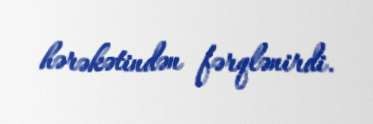
hərəkətindən fərqlənirdi.